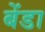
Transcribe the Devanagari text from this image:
बेंडा